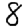
Digit: 8